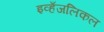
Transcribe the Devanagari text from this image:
इव्हँजलिकल